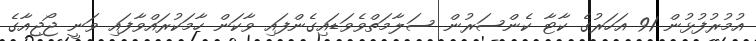
އުމުރުފުޅުން 91 އަހަރުގެ ކާޓާ ކެންސަރުން ސަލާމަތްވެވަޑައިގެންފައި ވާކަން ހާމަކުރައްވާފައި ވަނީ ޖޯޖިއާގެ